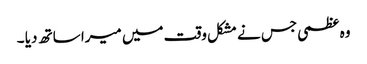
وہ عظمی جس نے مشکل وقت میں میرا ساتھ دیا ۔